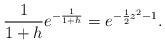
LaTeX: \begin{align*}\frac{1}{1+h}e^{-\frac{1}{1+h}}=e^{-\frac{1}{2}z^2-1}.\end{align*}